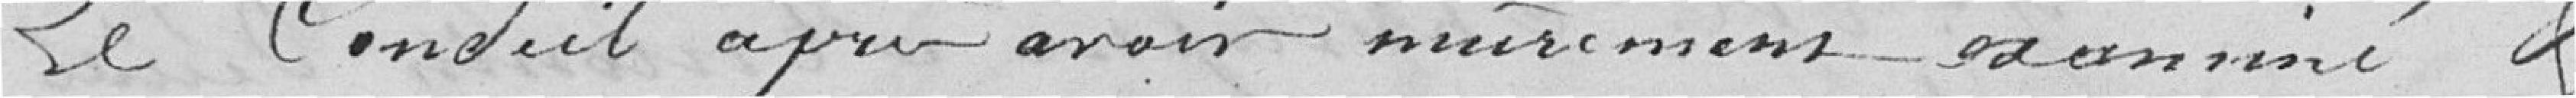
Le conduit après avoir mûrement examiné